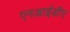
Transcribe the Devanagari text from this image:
एनआईडीए